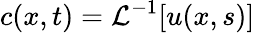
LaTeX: c(x,t)=\mathcal{L}^{-1}[u(x,s)]